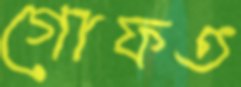
গোফত